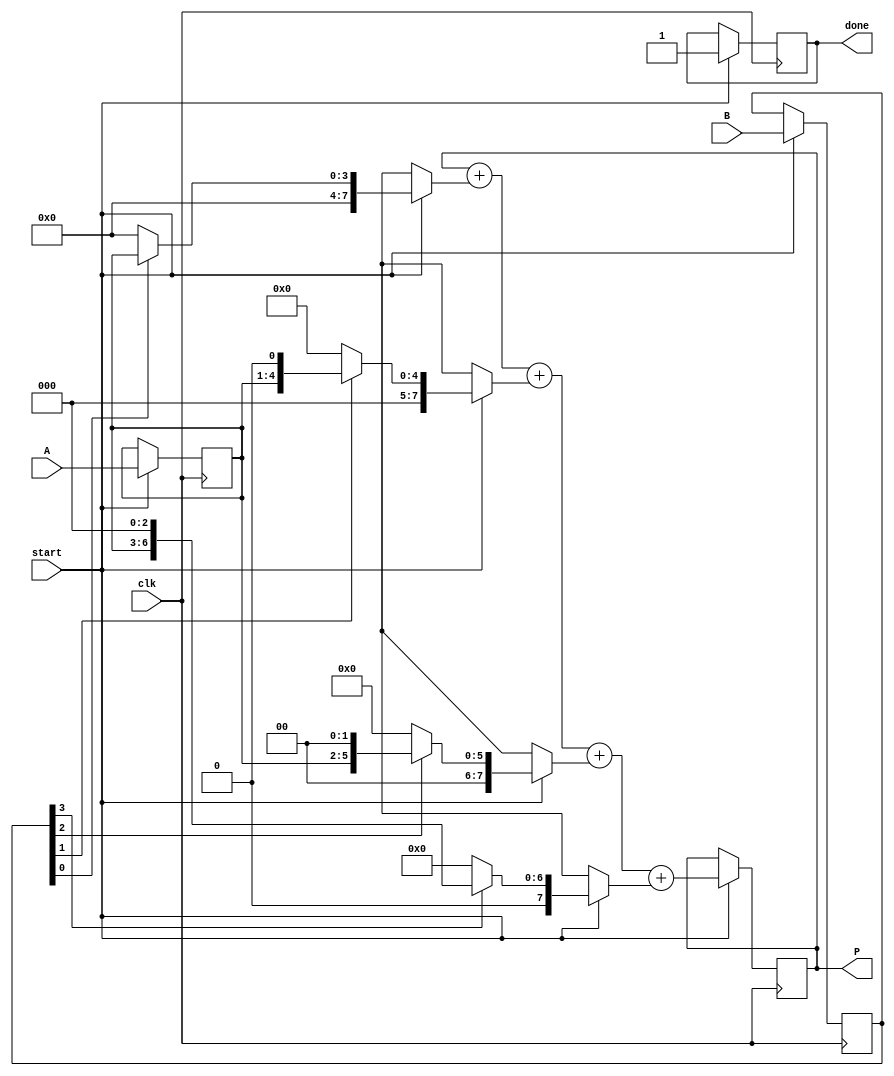
module vedic_multiplier #(parameter N = 4) (
    input wire [N-1:0] A,   // N-bit multiplicand
    input wire [N-1:0] B,   // N-bit multiplier
    input wire clk,          // Clock signal
    input wire start,        // Start signal for multiplication
    output reg [2*N-1:0] P,  // (2N)-bit product
    output reg done          // Done signal
);

    reg [2*N-1:0] partial_products [0:N-1]; // Array to hold partial products
    reg [N-1:0] b_reg;                        // Register for multiplier
    reg [N-1:0] a_reg;                        // Register for multiplicand
    integer i, j;

    // Generate partial products based on the multiplier
    always @(posedge clk) begin
        if (start) begin
            // Initialize registers
            P <= 0;
            done <= 0;
            b_reg <= B;
            a_reg <= A;

            // Generate partial products
            for (i = 0; i < N; i = i + 1) begin
                if (b_reg[i]) begin
                    partial_products[i] = a_reg << i; // Shift A by i positions
                end else begin
                    partial_products[i] = 0; // Zero if B's bit is 0
                end
            end

            // Accumulate partial products
            for (j = 0; j < N; j = j + 1) begin
                P = P + partial_products[j];
            end

            // Indicate that multiplication is done
            done <= 1;
        end
    end
endmodule